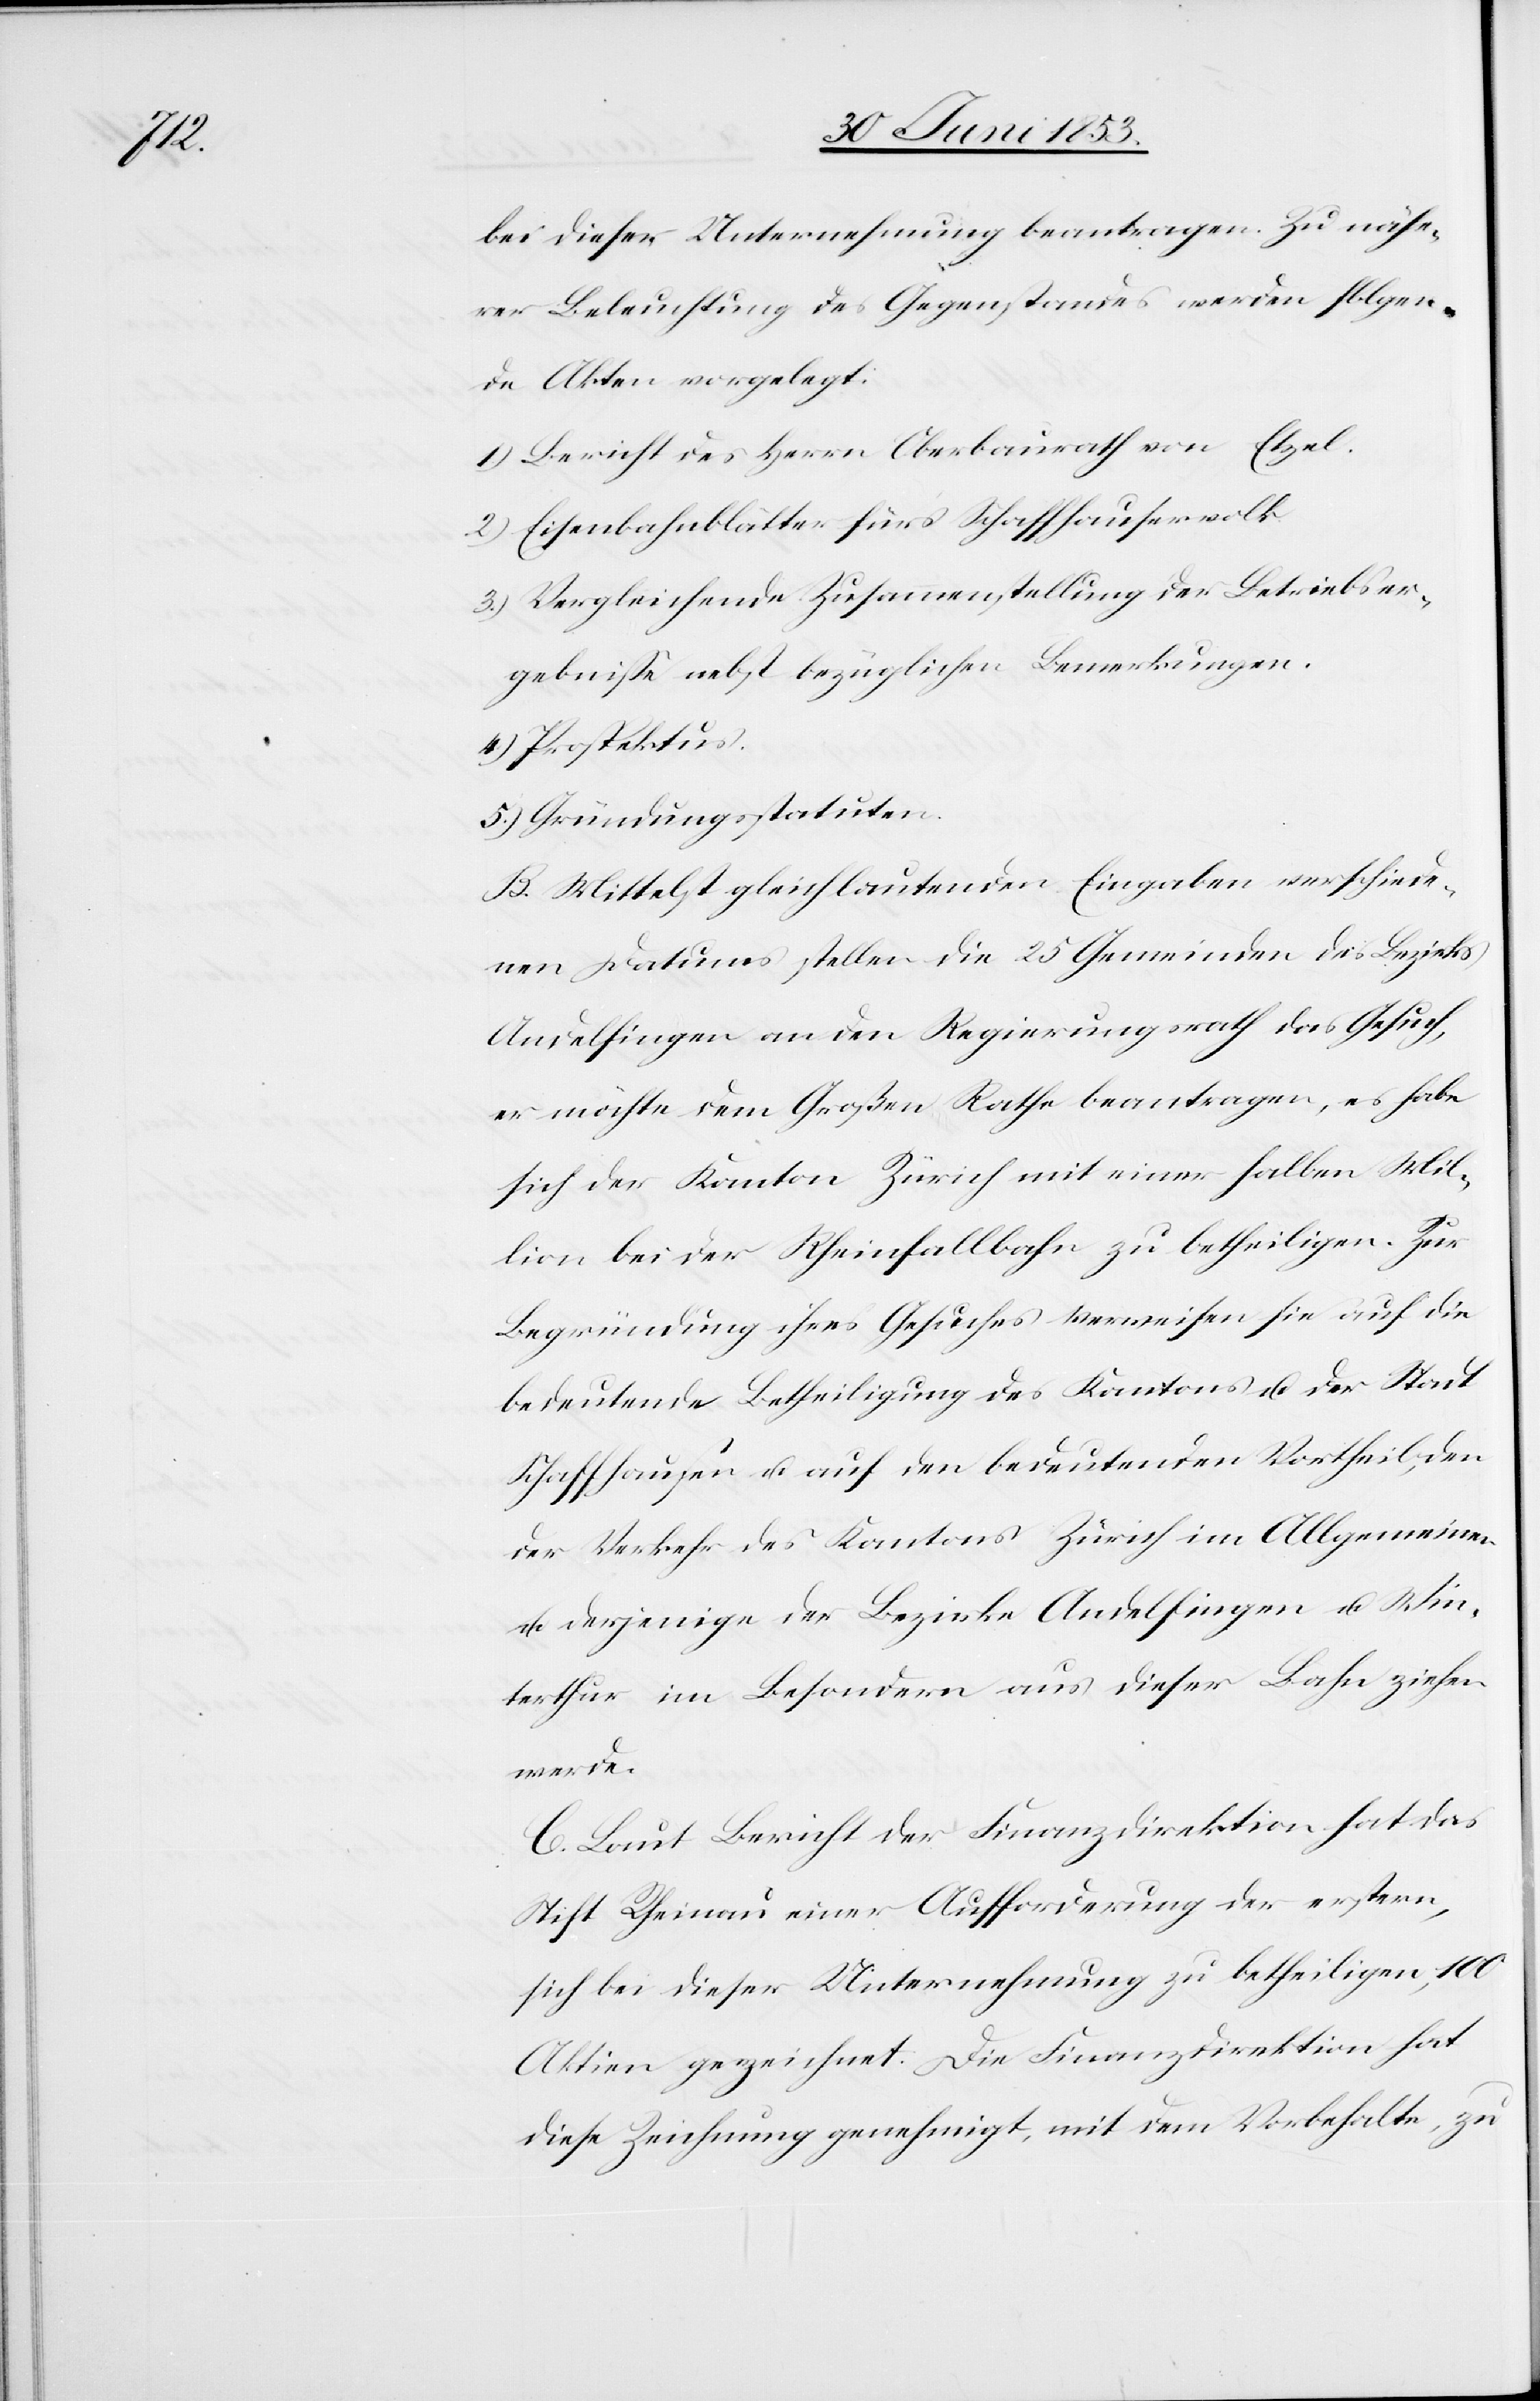
bei dieser Unternehmung beantragen. Zu nähe¬
rer Beleuchtung des Gegenstandes werden folgen¬
de Akten vorgelegt:
1) Bericht des Herrn Oberbaurath von Etzel.
2) Eisenbahnblätter fürs Schaffhauservolk.
3) Vergleichende Zusammenstellung der Betriebser¬
gebniße nebst bezüglichen Bemerkungen.
4) Prospektus.
5) Gründungstatuten.
B. Mittelst gleichbedeutenden Eingaben verschiede¬
nen Datums stellen die 25 Gemeinden des Bezirks
Andelfingen an den Regierungsrath das Gesuch,
er möchte dem Großen Rathe beantragen, es habe
sich der Kanton Zürich mit einer halben Mil¬
lion bei der Rheinfallbahn zu betheiligen. Zur
Begründung ihres Gesuches verweisen sie auf die
bedeutende Betheiligung des Kantons u. der Stadt
Schaffhausen u. auf den bedeutenden Vortheil, den
der Verkehr des Kantons Zürich im Allgemeinen
u. derjenige der Bezirke Andelfingen u. Win¬
terthur im Besondern aus dieser Bahn ziehen
werde.
C. Laut Bericht der Finanzdirektion hat das
Stift Rheinau einer Aufforderung der erstern,
sich bei dieser Unternehmung zu betheiligen, 100
Aktien gezeichnet. Die Finanzdirektion hat
diese Zeichnung genehmigt, mit dem Vorbehalte, zu